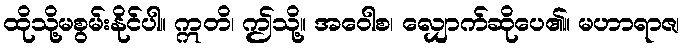
ထိုသို့မစွမ်းနိုင်ပါ။ ဣတိ၊ ဤသို့။ အဝေါစ၊ လျှောက်ဆိုပေ၏။ မဟာရာဇ၊